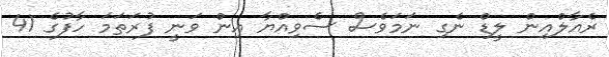
ރެއާލްއިން ލީޑް ނެގި ނަމަވެސް ސެވިއްޔާ އިން ވަނީ ފުރަތަމަ ހާފުގެ 41